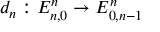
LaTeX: d _ { n } : E _ { n , 0 } ^ { n } \to E _ { 0 , n - 1 } ^ { n }